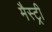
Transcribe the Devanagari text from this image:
मैस्ट्री